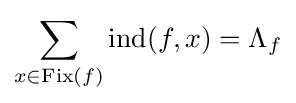
\sum _{x\in \mathrm {Fix} (f)}\mathrm {ind} (f,x)=\Lambda _{f}